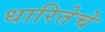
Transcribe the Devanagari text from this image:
धारितेचे